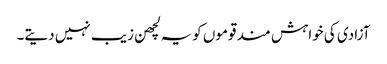
آزادی کی خواہش مند قوموں کویہ لچھن زیب نہیں دیتے۔